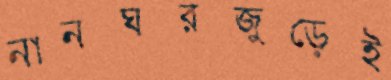
স্নানঘরজুড়েই